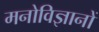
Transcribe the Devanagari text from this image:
मनोविज्ञानों